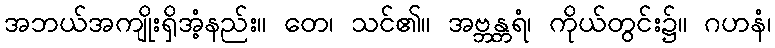
အဘယ်အကျိုးရှိအံ့နည်း။ တေ၊ သင်၏။ အဗ္ဘန္တရံ၊ ကိုယ်တွင်း၌။ ဂဟနံ၊